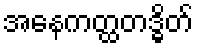
အနေကတ္ထတဒ္ဓိတ်